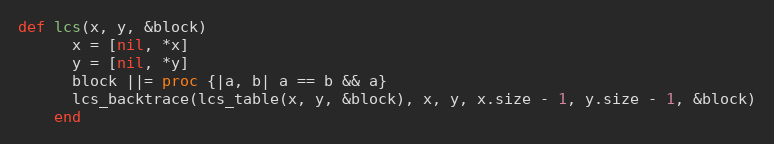
Language: Ruby
def lcs(x, y, &block)
      x = [nil, *x]
      y = [nil, *y]
      block ||= proc {|a, b| a == b && a}
      lcs_backtrace(lcs_table(x, y, &block), x, y, x.size - 1, y.size - 1, &block)
    end